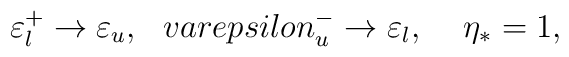
\varepsilon^+_l \rightarrow \varepsilon_u, \ \ \ \\varepsilon^-_u \rightarrow \varepsilon_l, \ \ \ \, \eta_* = 1,